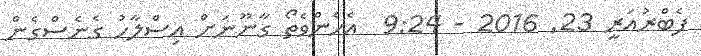
ފެބްރުއަރީ 23